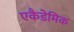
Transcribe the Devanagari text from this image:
एकैडेमिक